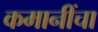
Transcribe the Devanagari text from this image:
कमानींचा